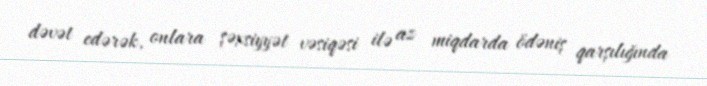
dəvət edərək, onlara şəxsiyyət vəsiqəsi ilə az miqdarda ödəniş qarşılığında